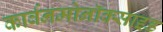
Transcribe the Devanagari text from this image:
कार्बनमोनॉक्साइड